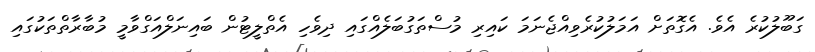
ގަބޫލުކުރެ އެވެ. އެގޮތަށް އަމަލުކުރެވިއްޖެނަމަ ކައިރި މުސްތަގުބަލެއްގައި ދިވެހި އެތްލީޓުން ބައިނަލްއަގްވާމީ މުބާރާތްތަކުގައި